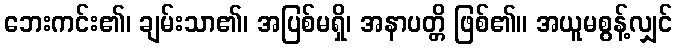
ဘေးကင်း၏၊ ချမ်းသာ၏၊ အပြစ်မရှိ၊ အနာပတ္တိ ဖြစ်၏။ အယူမစွန့်လျှင်